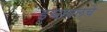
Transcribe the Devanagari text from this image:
इस्त्रायलचे